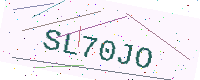
Text: SL70JO